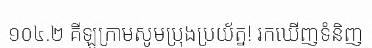
១០៤.២ គីឡូក្រាមសូមប្រុងប្រយ័ត្ន! រកឃើញទំនិញ